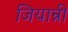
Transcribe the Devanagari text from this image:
जियान्नी